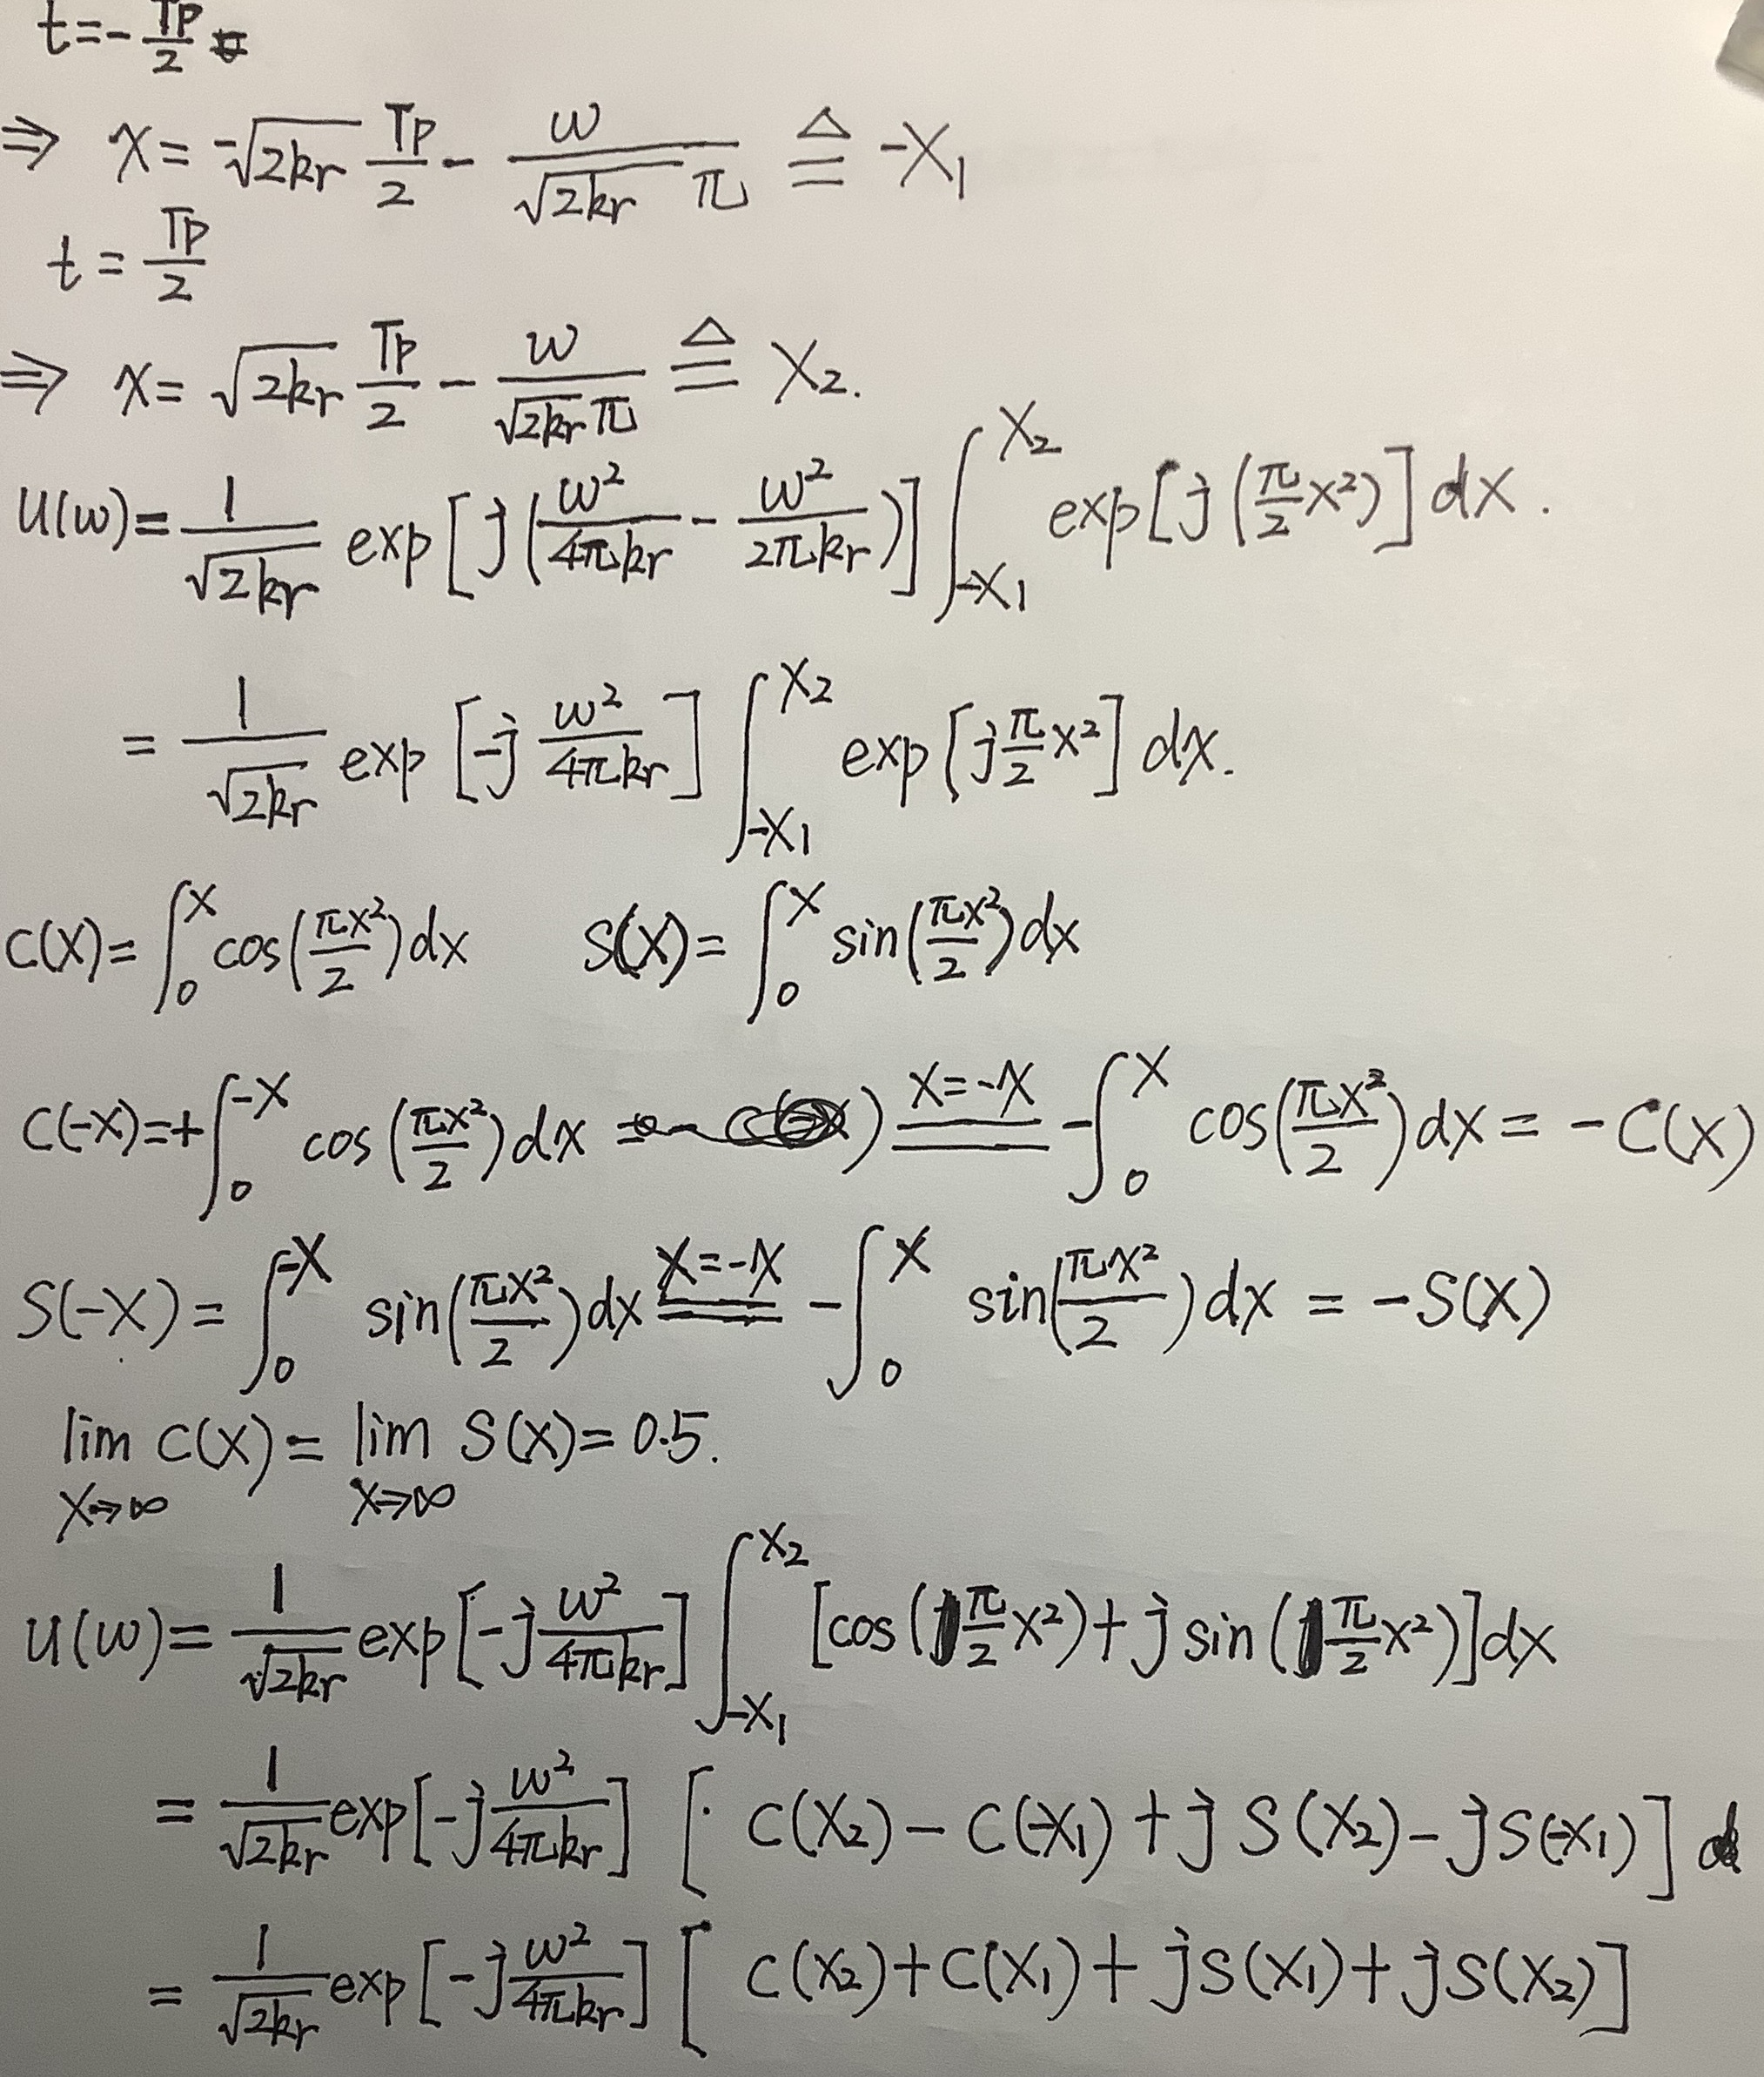
\begin{align*}
t&=-\frac{T_P}{2}\\
\Rightarrow x&=-\sqrt{2kr}\frac{T_P}{2}-\frac{w}{\sqrt{2kr}}\frac{1}{\pi}\triangleq -X_1\\
t&=\frac{T_P}{2}\\
\Rightarrow x&=\sqrt{2kr}\frac{T_P}{2}-\frac{w}{\sqrt{2kr}\pi}\triangleq X_2\\
u(w)&=\frac{1}{\sqrt{2kr}}\exp\left[j\left(\frac{w^2}{4\pi kr}-\frac{w^2}{2\pi kr}\right)\right]\int_{-X_1}^{X_2}\exp\left[j\left(\frac{\pi}{2}x^2\right)\right]dx\\
&=\frac{1}{\sqrt{2kr}}\exp\left[-j\frac{w^2}{4\pi kr}\right]\int_{-X_1}^{X_2}\exp\left[j\frac{\pi}{2}x^2\right]dx\\
C(x)&=\int_{0}^{x}\cos\left(\frac{\pi x^2}{2}\right)dx\quad S(x)=\int_{0}^{x}\sin\left(\frac{\pi x^2}{2}\right)dx\\
C(-x)&=+\int_{0}^{-x}\cos\left(\frac{\pi x^2}{2}\right)dx\overset{x=-x'}{=}-\int_{0}^{x}\cos\left(\frac{\pi x'^2}{2}\right)dx=-C(x)\\
S(-x)&=\int_{0}^{-x}\sin\left(\frac{\pi x^2}{2}\right)dx\overset{x=-x'}{=}-\int_{0}^{x}\sin\left(\frac{\pi x'^2}{2}\right)dx=-S(x)\\
\lim_{x\rightarrow\infty}C(x)&=\lim_{x\rightarrow\infty}S(x)=0.5\\
u(w)&=\frac{1}{\sqrt{2kr}}\exp\left[-j\frac{w^2}{4\pi kr}\right]\int_{-X_1}^{X_2}\left[\cos\left(\frac{\pi}{2}x^2\right)+j\sin\left(\frac{\pi}{2}x^2\right)\right]dx\\
&=\frac{1}{\sqrt{2kr}}\exp\left[-j\frac{w^2}{4\pi kr}\right]\left[C(X_2)-C(X_1)+jS(X_2)-jS(X_1)\right]\\
&=\frac{1}{\sqrt{2kr}}\exp\left[-j\frac{w^2}{4\pi kr}\right]\left[C(X_2)+C(X_1)+jS(X_1)+jS(X_2)\right]
\end{align*}